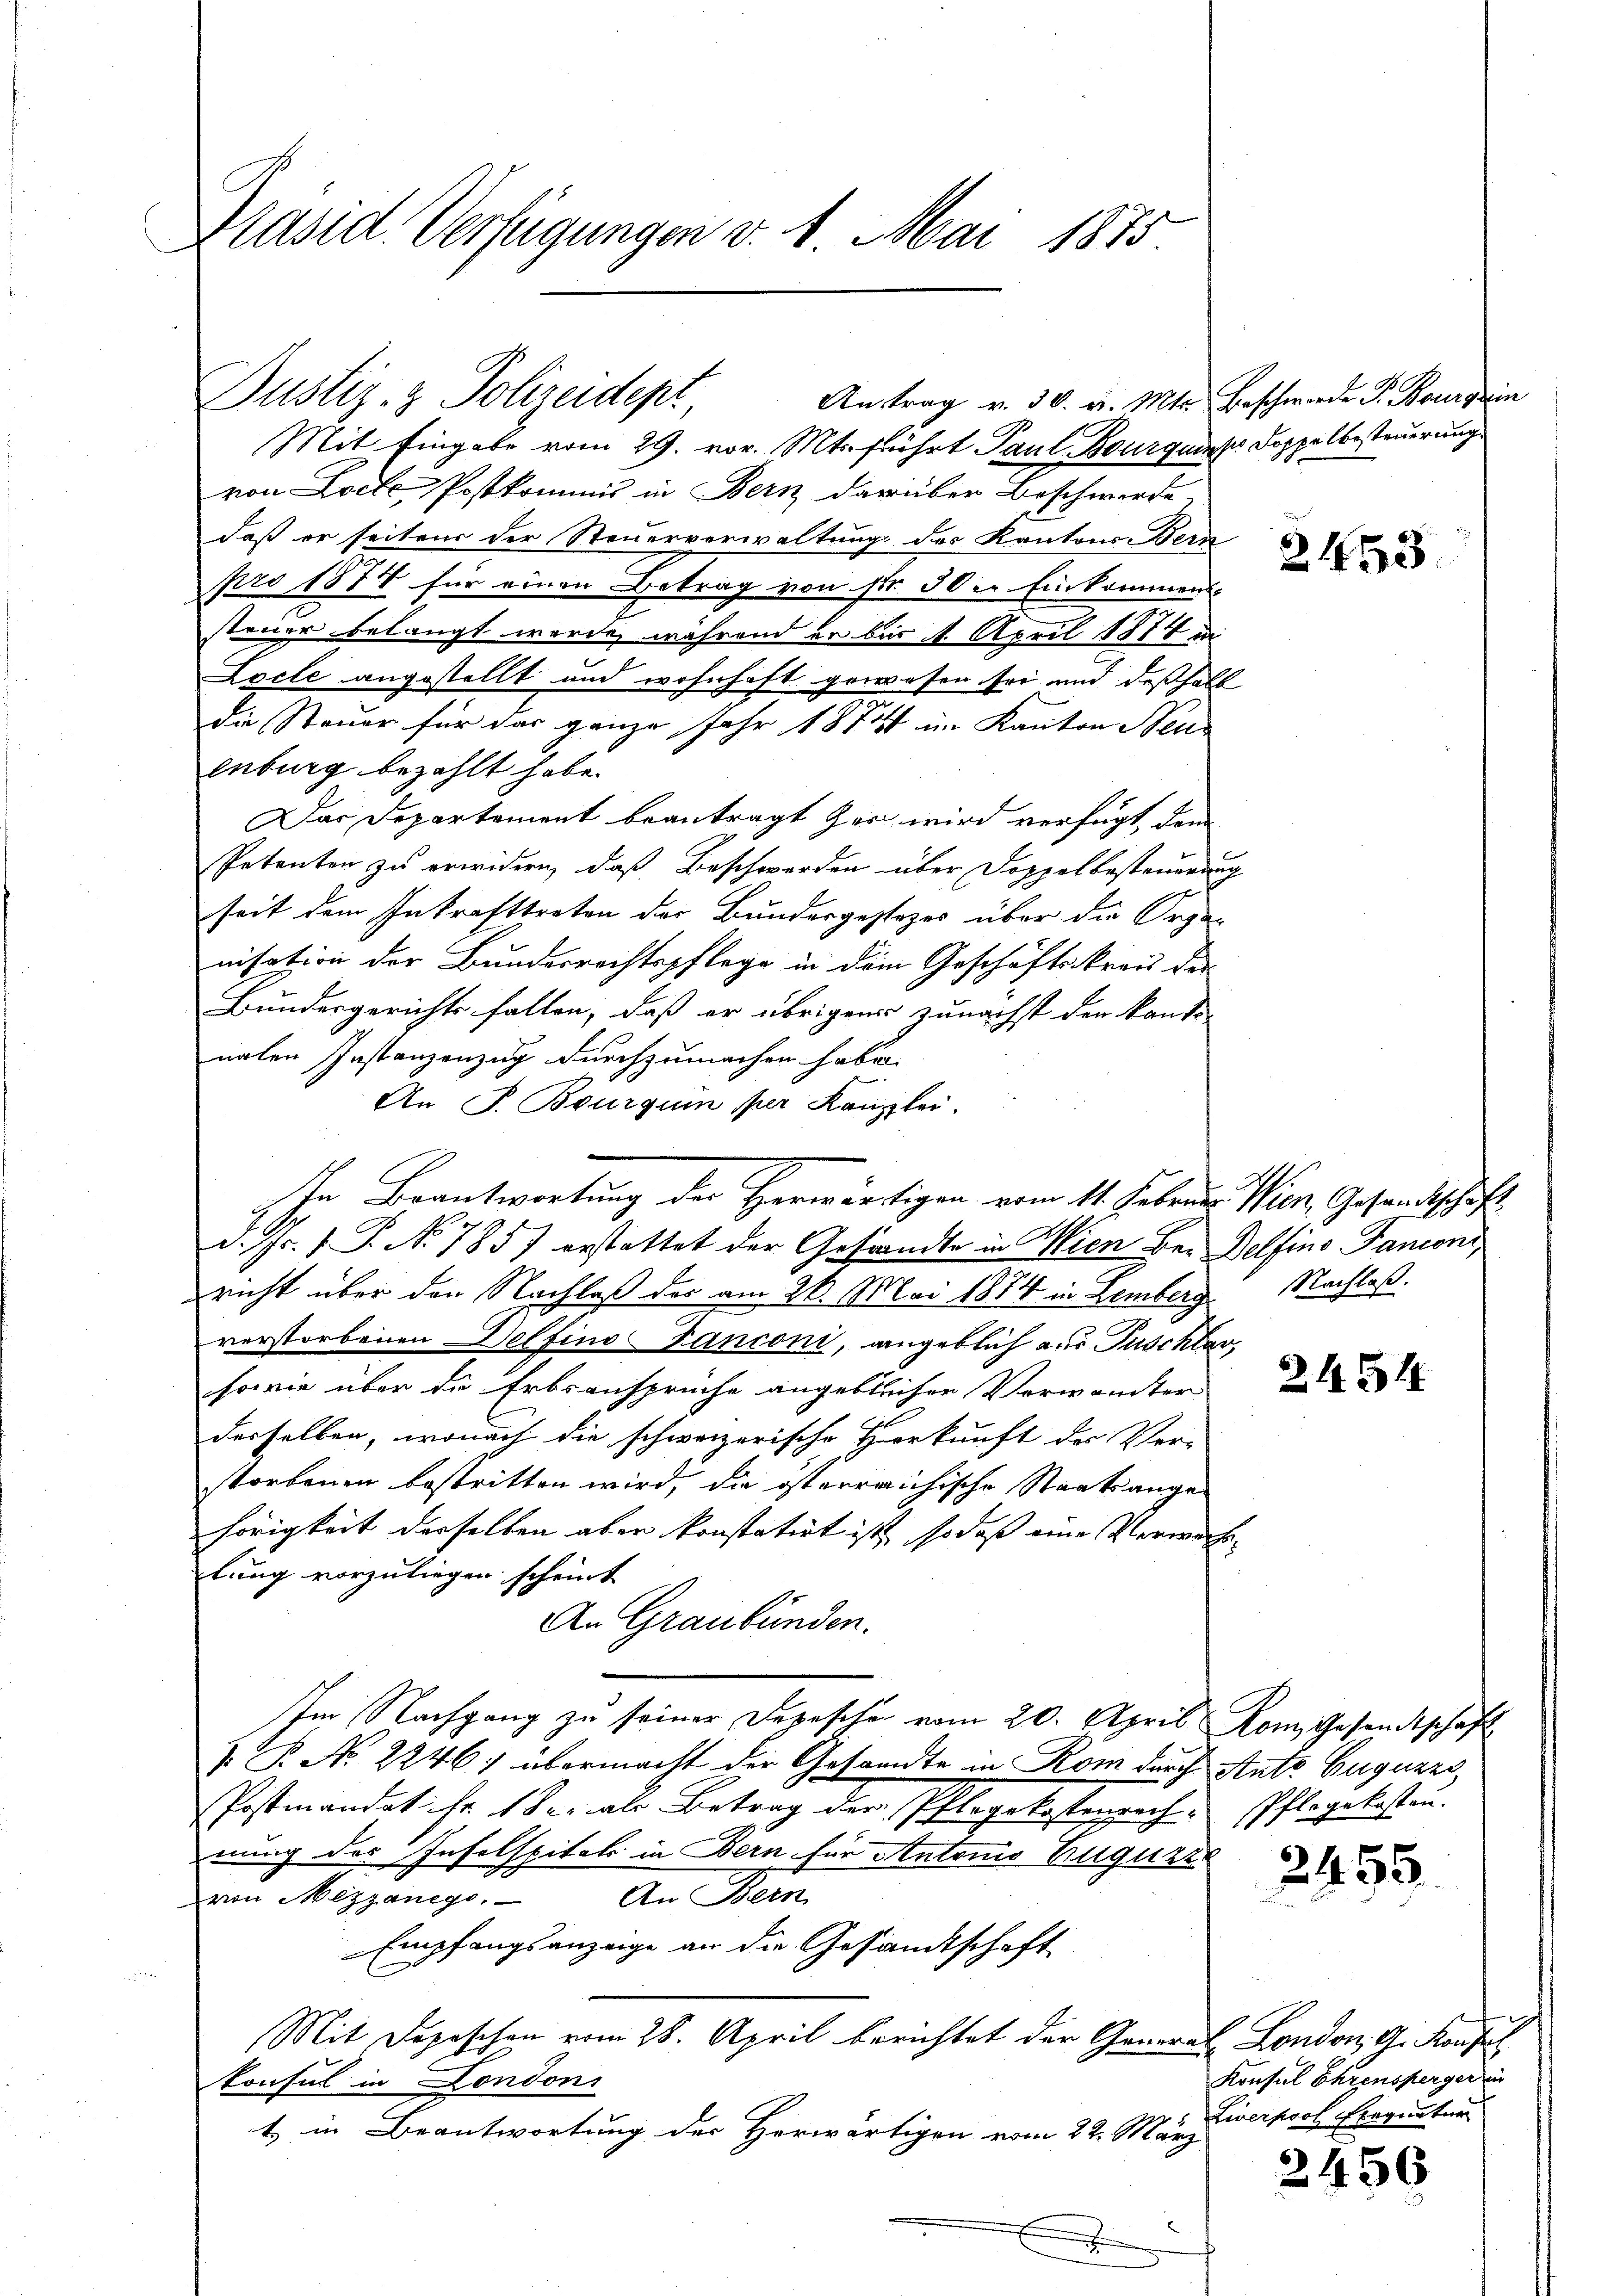
Präsid. Verfügungen v. 1. Mai 1875.

Justiz- & Polizeidept,
Austrag v. 30. v. Mts. Beschwerde P. Bourgerin

Mit Eingabe vom 29. vor. Mts. führt Paul Bourquis Doppelbesteuerung
von Loete Postkommis in Bern darüber Beschwerde,
daß er seitens der Steuerverwaltung der Kantons Bern
pro 1877 für einen Betrag von Nr. 30 in Einkommens
steuer belangt werde, während er bis 1. April 1874 in
Locte angestellt und wohnhaft gewesen sei und deßhalb
die Steuer für das ganze Jahr 1874 im Kanton Beu
enburg bezahlt habe.
Das Departement beantragt her wird verfügt, dem
Petenten zu erwidern, daß Beschwerden über Doppelbesteuerung
seit dem Inkrafttreten der Bundergestezes über die Organisation der Bundesrechtspflege in dem Geschäftskreis der
Bundesgerichts fallen, daß er übrigens zunächst der kante
nalen Instanzenzug durchzumachen habe.
An P. Bourqui per Kanzlei.
d. Js. f. P. No 785) erstattet der Gestandte in Wien Bei Belfino Panconi,
richt über den Nachlaß der am 26. Mai 1874 in Lemberg Nachlaß.
verstorbenen Delfino-Fanconi, angeblich aus Tuschbar
sowie über die Erbsansprüche angeblichen Vorwandter
derselben, wonach die schweizerische Herkunft der Ver-
storbenen bestritten wird, die österreichische Staatsange-
hörigkeit derselben aber konstatirt ist, so dass eine Verwache |
lung vorzuliegen scheint
An Graubünden.
Im Nachgang zu seiner Depesche vom 20. April Rom Gesandtschaft
 P. No. 2246; übermacht der Gesandte in Rom durch Ante Guguars,
Postmandat Fr. 1 der als Betrag der Pflegekostenrech. Pflegekosten.
nung des Infolspital in Bern für Antonio Bruguar
von Mezzanego. An Bern
Empfangsanzeige an die Gesandtschaft
Mit Depeschen vom 28. April berichtet der General London, G. Konsul
konsul in London
1. in Beantwortung der Herwärtigen vom 22. März
x

In Beantwortung der Herwärtigen vom 14. Februar Wien Gesandtschaft

2453

2434

2496

Konsul Ehrensperger in
Ziverpool Seequatur

2456